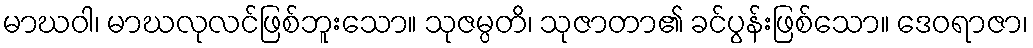
မာဃဝါ၊ မာဃလုလင်ဖြစ်ဘူးသော။ သုဇမ္ပတိ၊ သုဇာတာ၏ ခင်ပွန်းဖြစ်သော။ ဒေဝရာဇာ၊